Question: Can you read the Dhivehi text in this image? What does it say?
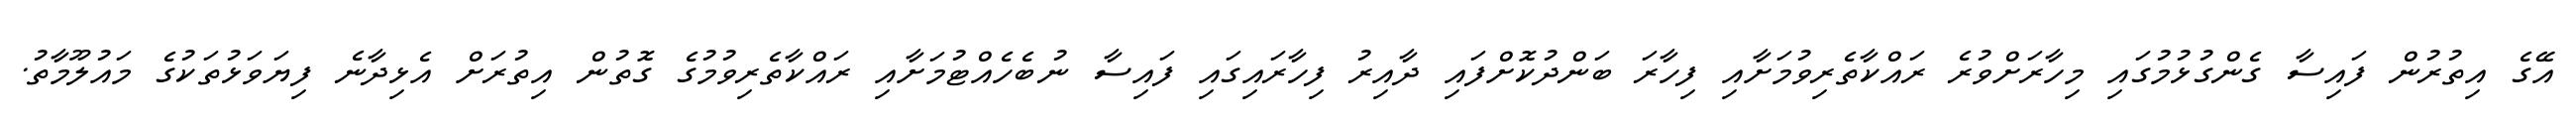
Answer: އޭގެ އިތުރުން ފައިސާ ގެންގުޅުމުގައި މިހާރަށްވުރެ ރައްކާތެރިވުމަށާއި ފިހާރަ ބަންދުކޮށްފައި ދާއިރު ފިހާރައިގައި ފައިސާ ނުބެހެއްޓުމަށާއި ރައްކާތެރިވުމުގެ ގޮތުން އިތުރަށް އެޅިދާނެ ފިޔަވަޅުތަކުގެ މައުލޫމާތު.